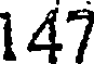
147